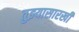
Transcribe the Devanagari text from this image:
तुझ्यासारखी